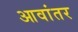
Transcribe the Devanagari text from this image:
आवांतर